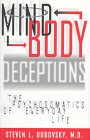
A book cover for Mind-Body Deceptions: The Psychosomatics of Everyday Life; Steven L. Dubovsky; Health, Fitness & Dieting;